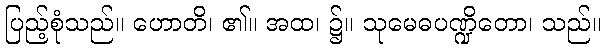
ပြည့်စုံသည်။ ဟောတိ၊ ၏။ အထ၊ ၌။ သုမေဓပဏ္ဍိတော၊ သည်။